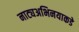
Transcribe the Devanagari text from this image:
नाट्यअभिनयाकडे